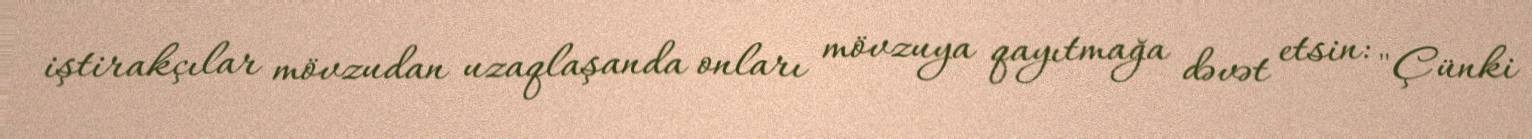
iştirakçılar mövzudan uzaqlaşanda onları mövzuya qayıtmağa dəvət etsin: "Çünki